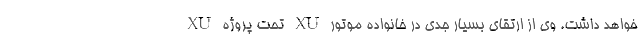
خواهد داشت. وی از ارتقای بسیار جدی در خانواده موتور XU تحت پروژه XU